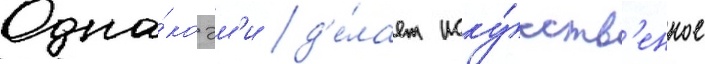
Одна́ко эм'и д'е́лает иску́сств'енное